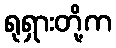
ရုရှားတို့က